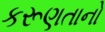
કરૂણતાનો